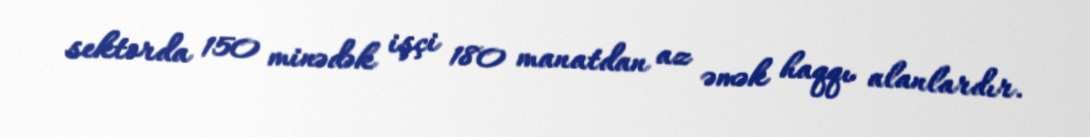
sektorda 150 minədək işçi 180 manatdan az əmək haqqı alanlardır.